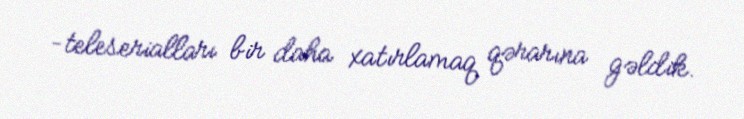
–teleserialları bir daha xatırlamaq qərarına gəldik.